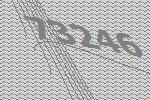
73246